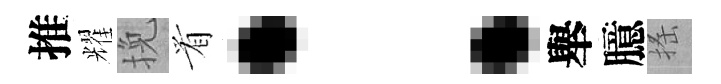
推耀挽㸔：舉臆搖